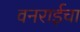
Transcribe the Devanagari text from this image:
वनराईचा